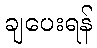
ချပေးရန်